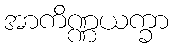
အာကိဏ္ဏယက္ခာ